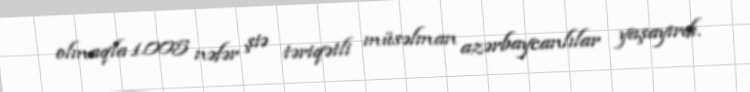
olmaqla 1.005 nəfər şiə təriqətli müsəlman azərbaycanlılar yaşayırdı.